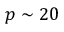
p \sim 2 0